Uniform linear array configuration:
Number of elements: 32
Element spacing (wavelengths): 1
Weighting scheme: exponential
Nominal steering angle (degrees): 0
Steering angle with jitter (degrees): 0.8625
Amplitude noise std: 0.05
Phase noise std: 0.05

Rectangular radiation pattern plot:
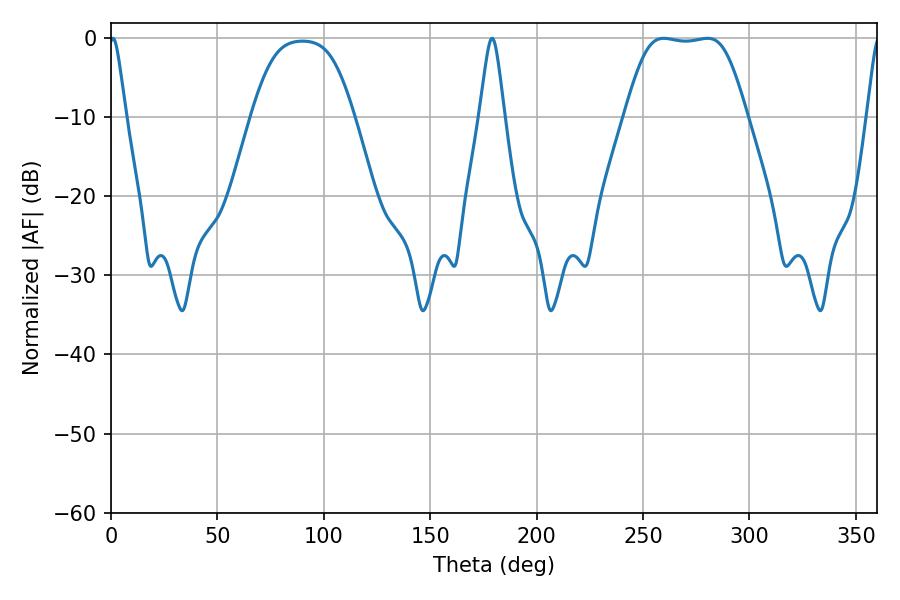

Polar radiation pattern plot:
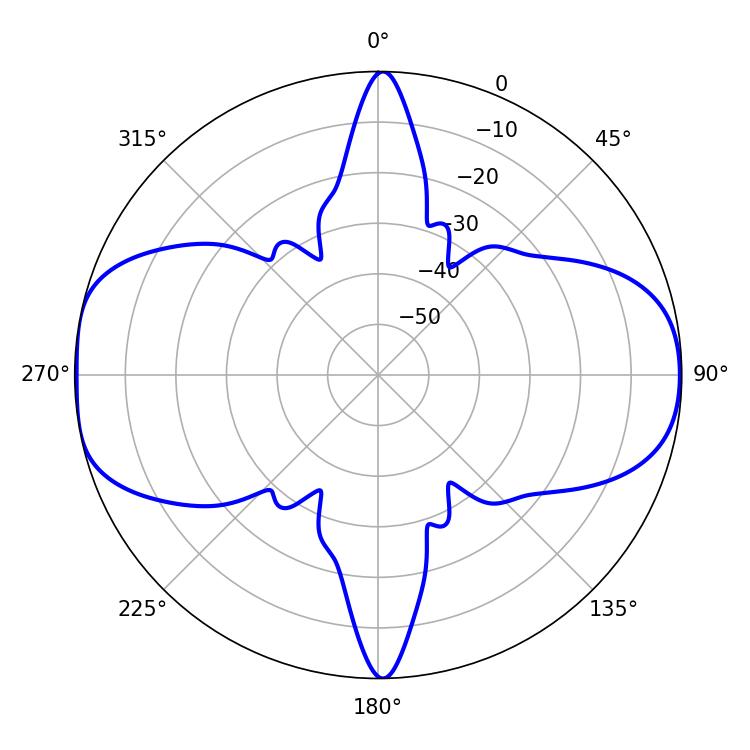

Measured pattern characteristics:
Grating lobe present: TRUE
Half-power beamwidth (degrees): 42.12
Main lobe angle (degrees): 259.74